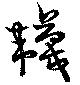
韤